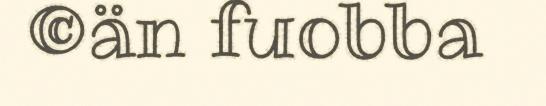
©än fuobba